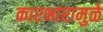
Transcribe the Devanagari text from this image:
कारभारामुळे